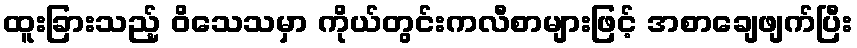
ထူးခြားသည့် ဝိသေသမှာ ကိုယ်တွင်းကလီစာများဖြင့် အစာချေဖျက်ပြီး